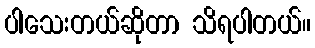
ပါသေးတယ်ဆိုတာ သိရပါတယ်။